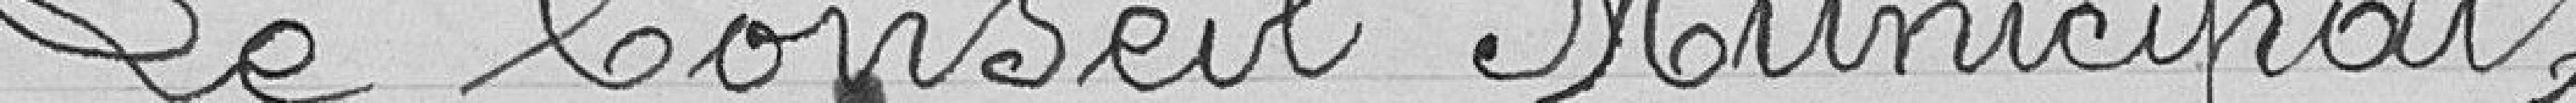
Le Conseil Municipal